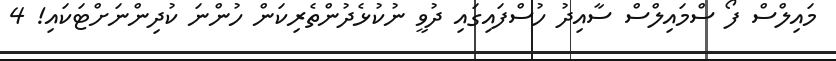
މައިލްސް ފޯ ސްމައިލްސް ސާއިދު ހުސްފައިގައި ދުވީ ނުކުޅެދުންތެރިކަން ހުންނަ ކުދިންނަށްޓަކައި! 4